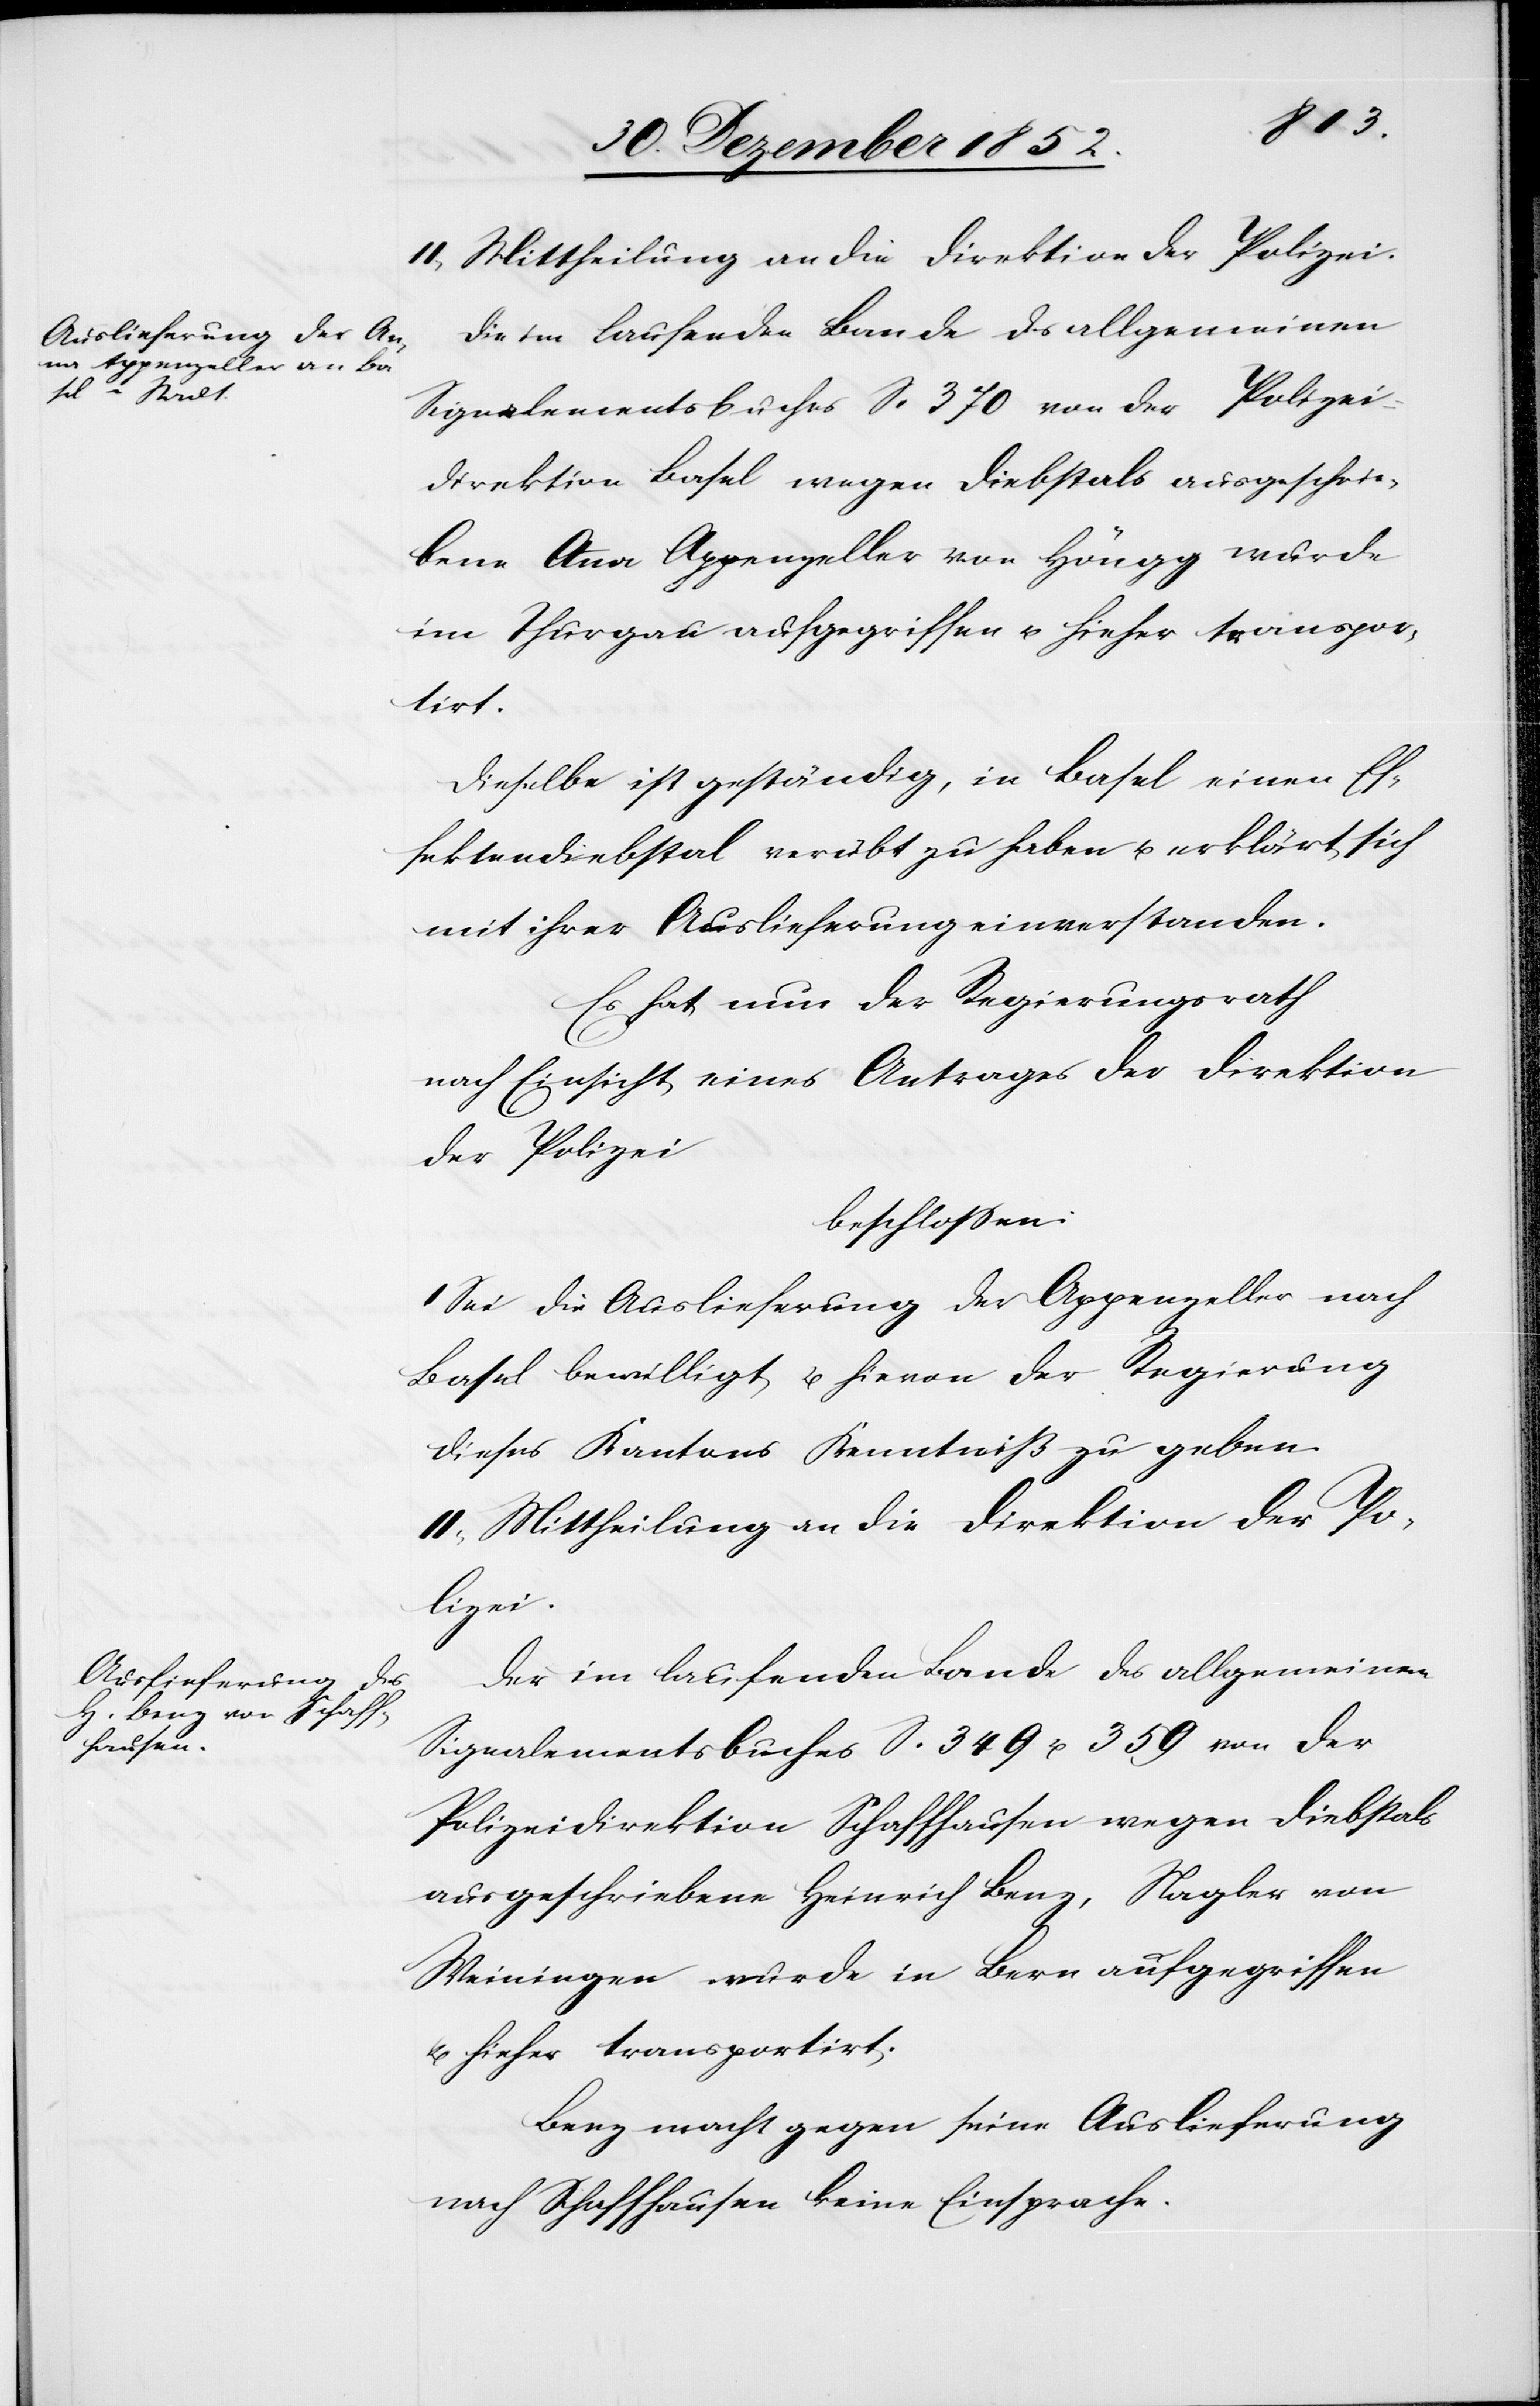
II, Mittheilung an die Direktion der Polizei.
Die im laufenden Bande des allgemeinen
Signalementsbuches S. 370 von der Polizei¬
direktion Basel wegen Diebstals ausgeschrie¬
bene Anna Appenzeller von Höngg wurde
im Thurgau aufgegriffen u. hieher transpor¬
tirt.
Dieselbe ist geständig, in Basel einen Ef¬
fektendiebstal verübt zu haben u. erklärt sich
mit ihrer Auslieferung einverstanden.
Es hat nun der Regierungsrath
nach Einsicht eines Antrages der Direktion
der Polizei
beschlossen:
I Sei die Auslieferung der Appenzeller nach
Basel bewilligt u. hievon der Regierung
dieses Kantons Kenntniß zu geben.
II, Mittheilung an die Direktion der Po¬
lizei.
Der im laufenden Bande des allgemeinen
Signalementsbuches S. 349 u. 359 von der
Polizeidirektion Schaffhausen wegen Diebstals
ausgeschriebene Heinrich Benz, Nagler von
Weiningen wurde in Bern aufgegriffen
u. hieher transportirt.
Benz macht gegen seine Auslieferung
nach Schaffhausen keine Einsprache.